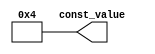
module Constant4 #(parameter size=4,parameter Const=4) 
(
    output [size-1:0] const_value 
);


assign const_value = Const;

endmodule